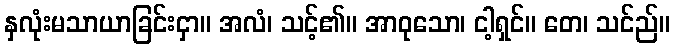
နှလုံးမသာယာခြင်းငှာ။ အလံ၊ သင့်၏။ အာဝုသော၊ ငါ့ရှင်။ တေ၊ သင်ည်။